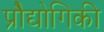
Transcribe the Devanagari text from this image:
प्रोैद्योगिकी